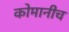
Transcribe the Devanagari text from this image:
कोमानीच